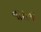
નાશના